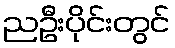
ညဦးပိုင်းတွင်